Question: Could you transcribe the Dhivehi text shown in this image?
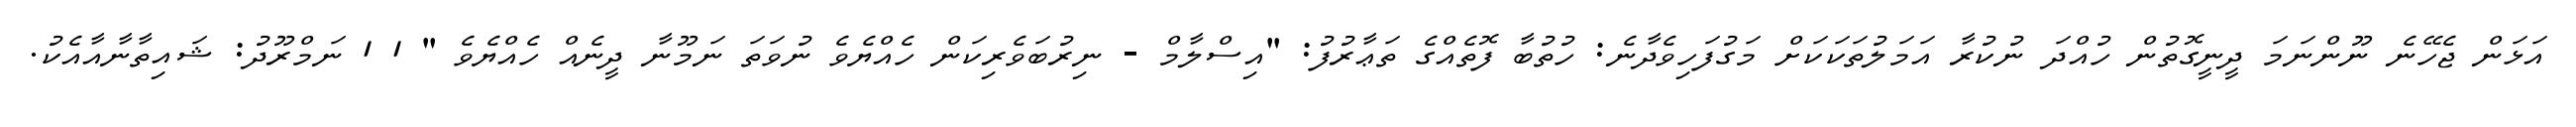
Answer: އަޅަން ޖެހޭނެ ނޫންނަމަ ދީނީގޮތުން ހުއްދަ ނުކުރާ އަމަލުތަކަކަށް މަގުފަހިވެދާނެ: ހުތުބާ ފޮތެއްގެ ތަޢާރުފު: "އިސްލާމް - ނިރުބަވެރިކަން ހެއްޔެވެ ނުވަތަ ނަމޫނާ ދީނެއް ހެއްޔެވެ " 1 1 ނަމްރޫދު: ޝައިތާނާއާއެކު.